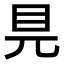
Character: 𥃺